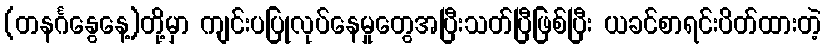
(တနင်္ဂနွေနေ့)တို့မှာ ကျင်းပပြုလုပ်နေမှုတွေအပြီးသတ်ပြီဖြစ်ပြီး ယခင်စာရင်းပိတ်ထားတဲ့